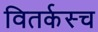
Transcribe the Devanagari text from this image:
वितर्कस्च